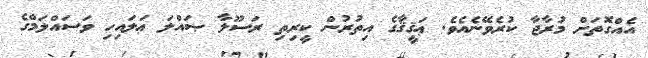
އެއްގޮތަށް މުރާޖާ ކުރެވޭނެއެވެ. ޢަޤީޤާގެ އިތުރުން ކީރިތި ރަސޫލާ ޞައްލަ ޢަލައިހި ވަސައްލަމްގެ